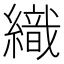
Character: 織